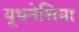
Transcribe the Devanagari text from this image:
यूथनेशिया